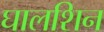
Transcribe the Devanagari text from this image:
घालशिन